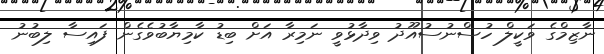
ނާޒިމްގެ ވަކީލް ހުސްނުސުއޫދު ވިދާޅުވީ ނަމިރާ އަށް ބިޑު ކާމިޔާބުވެގެން ފައިސާ ލިބުނު